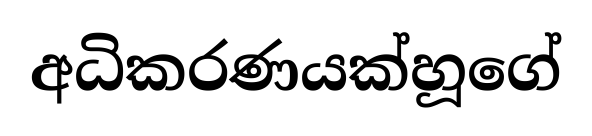
අධිකරණයක්හූගේ